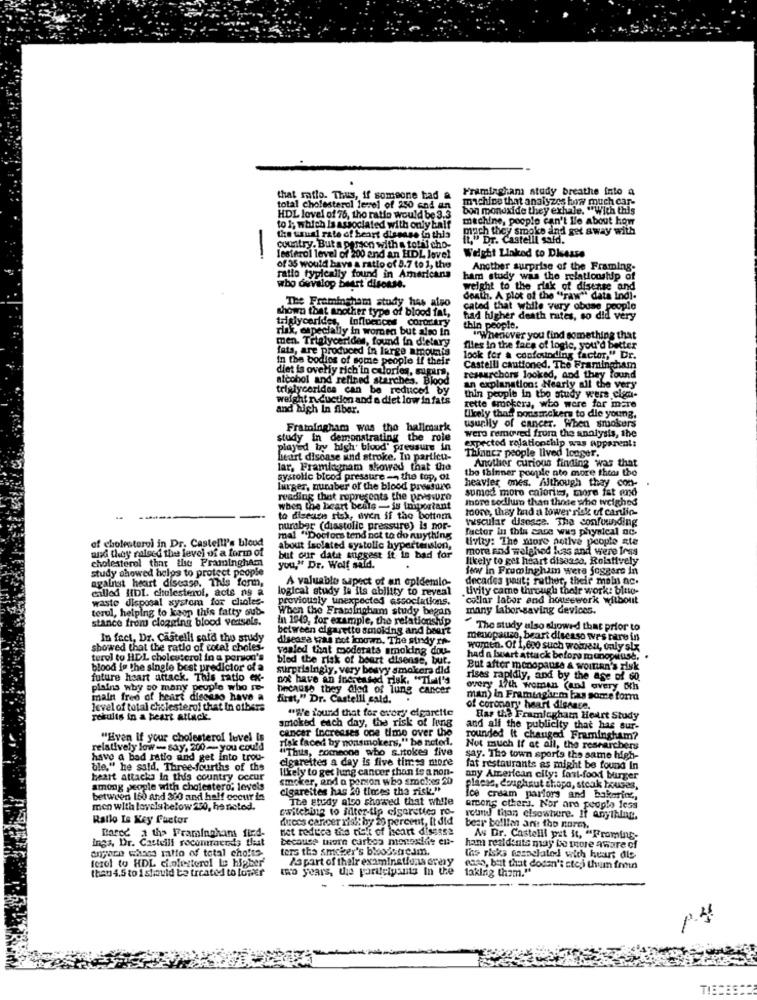
Framingham study breathe into a
that ratio. Thus, if someone had a
machine that analyzes how much car-
total cholesterol level of 250 end an
bon monoxide they exhale. "With this
HDL lovel of 76, tho ratio would be 3.3
machine, people can't Ile about how
to 1; which Is associated with only balf
mach they smoke and get away with
the usual rate of heart disease in this
ft," Dr. Castelli said.
country. But a person with a total cho-
-
lesterol level of 200 and an HDL love!
Weight Linked to Disease
of 35 would bava a ratio of 5.7 to 1, the
ratio typically found in Americans
Another surprise of the Framing-
ham study was the relationship of
who develop beurt disease.
weight to the risk of disease and
The Framingham study has also
death. A plot of the "raw" data Ind).
shown that another type of blood fat,
cated that while vury obuse people
triglycerides, loflucticos coraztry
had higher death rates, so did very
risk, especially in women but also in
thin people.
men. Triglycerides, found in dietary
"Whenwer you find something that
fats, are produced in large amounts
flies in the face of logic, you'd better
In the bodies of some people if their
look for a confounding factor," Dr.
Castelli cautioned. The Framingham
alcohol and refined starches. Blood
diet is overy rich'in colories, SuFurs
ressurchors looked, and they found
triglycerides can be reduced by
an explanation: Nearly all the very
weight n.duction and o diet low in fats
rette smokera, who were for mare
thin people in the study were ciem-
and high In fiber.
Likely that pousmokers to die young,
usually of cancer. When smokers
Framingham was the hallmark
were removed from the analysis, the
study in demonstrating the role
played by high blood pressure in
expected rajatonthip was apparent:
heart disease and stroke, In particu-
Thinner people lived longer.
Another curious finding was that
lar, Framingham showed that the
the thinner poople ate more theas the
systolic blood pressure -- the top, of
heavier ones. Although they con-
lurger, nunaber of the blood pressure
sumed more calories, more fat end
reading that represents the preswro
Ihore sodium than those who weighed
when the heart beale- is important
toone, thay had a lower risk of cardio-
to disease risk, even if the bottom
vascular disesce. Tha confounding
nurabar (diastolic pressure) is por-
factor in this case was physical ac.
of cholesterol in Dr. Castelli's blood
mal "Doctors tend not to do nuything
livity: The more notlve people ate
and they raleed the level of a form of
about isolated systolic hypertension,
more and walghod buss and were loss
cholesterol that the Framingham
but our date suggest it in bad for
likely to get heart disease. Relatively
study showed helps to protect people
you," Dr. Wolf sald.
few in Frumingham were foggers in
against heart disease. This form,
A valuable sapact of an epidemio-
decades yaut; rather, their moins ac.
called HDL cholesterol, acts as a
logical study la ils ability to reveal
tivity came through their work: blue-
waste disposal xystora for clioles-
previously unexpected associations.
"collar labor and housework without
torul, helping to koop this fatty sub-
When the Framingham study began
many labor-saving devices.
stance from clogging blood vessels.
in 1949, for example, the relationship
between cigarette smoking and beart
The study also showed that prior to
In fact, Dr. Castelli said the study
diseasa tras not known. The strdy In-
menopauzo, beart disenso tr's rare in
showed that the ratio of cotal choles.
yealed that moderata smoking dou-
women. Of 1, 600 such woirresut, taly six
terol to HDL cholesterol in a person's
bled the risk of beart disease, bu
had a bwart attack before munoplush,
blood in the single best predictor of a
surprisingly, very beavy smokers did
But after menopause & woitan's zisk
future heart attack. This ratio ex-
not have an increased risk. "That's
rises rapidly, and by the age of 60.
plains why so many people who re-
because they died of lung cancer
overy 17th women (and overy ath
main free of heart discaso have a
first," Dr. Castelli cald.
man) in Framtagke m bas some form
level of total cholesterol that in olbers
"We found that for every cigarette
of coronary heart disease.
results in a heart attack.
smoked each day, the risk of lung
Has the Framlegham Heart Study
cancer increases one time over the
and all the publicity that has sur.
"Even if your cholesterol level is
yak faced by nonsmokers," he noted.
rounded It changed Framingham?
relatively low- say, 200 -- you could
"This, someone who s.stokes five
Not much if at all, the researchers
have a bad ratio and get into trou-
cigarettes a day is five times more
say. The town sports the same high-
ble," he said, Three-fourths of the
likely to get lung cancer than is a non-
fat restaurants as might be found In
heart attacks In this country occur
smoker, and a person who smcles 20
any American city: fast-food burger
among people with cholestero. levels
cigarettes has 20 tioces the risk."
placas, doughnut shopa, steak houses,
between 150 and 300 and half occur in
The study also showed that while
ice cream parlors and bakarinc,
men with lovels below 200, he noted.
caitching to filter-tip cigarettes ro-
arens others. Nor are people fess
Ratlo Is Key Factor
duces cancer risk: by 20 percent, It did
round than elsewhere. If anything.
net reduce the richt of heart disease
bear bollien ans iho normy,
Ings, Dr. Castelli rocomraced; that
Darse a tha Framingham fied-
because thorn carbon monoxide en-
ham residents may be more aware of
As Dr. Castelli yet it, "Framing-
anyaro whoes ratio of total cho!te-
ters the smoker's bloodstream.
forel to HDL cinfesterel Le higher'
is part of their examinations erny
the risks esspelatod with heart die
that 4.5 to 1 should be treated to lower
two years, the partfetyants in the
caso, but that doesn't steji thum frin
taking them.""
p.4
TIEDE